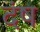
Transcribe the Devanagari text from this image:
दंष